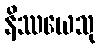
နိဿယေသု